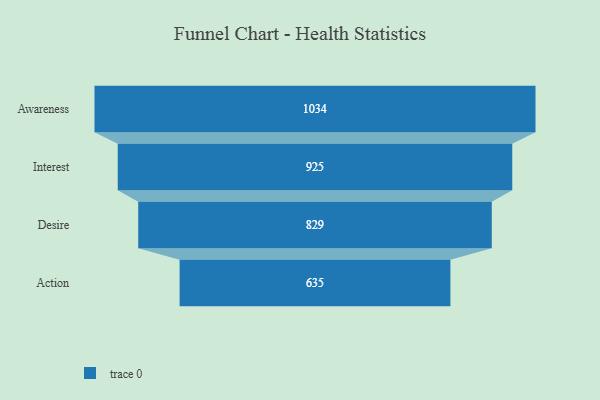
{"axis": {"x": "Stage", "y": "Value"}, "legend": [""], "data": [{"x": "Awareness", "y": 1034.0, "type": ""}, {"x": "Interest", "y": 925.0, "type": ""}, {"x": "Desire", "y": 829.0, "type": ""}, {"x": "Action", "y": 635.0, "type": ""}]}